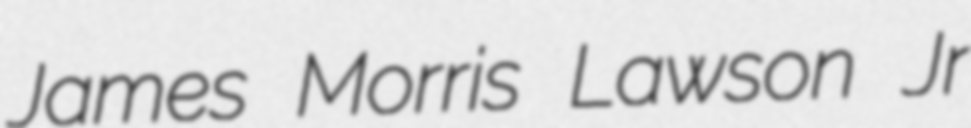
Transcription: James Morris Lawson Jr